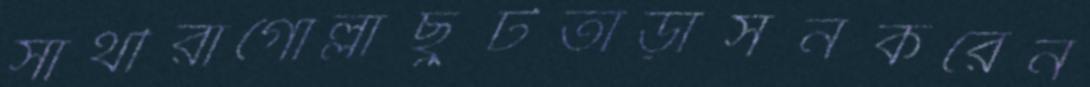
সাথীরাগোল্লাছুটতাড়াসনকরেন